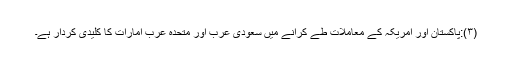
(۳):پاکستان اور امریکہ کے معاملات طے کرانے میں سعودی عرب اور متحدہ عرب امارات کا کلیدی کردار ہے۔